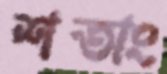
শতাং